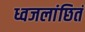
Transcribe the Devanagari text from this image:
ध्वजलांछितं